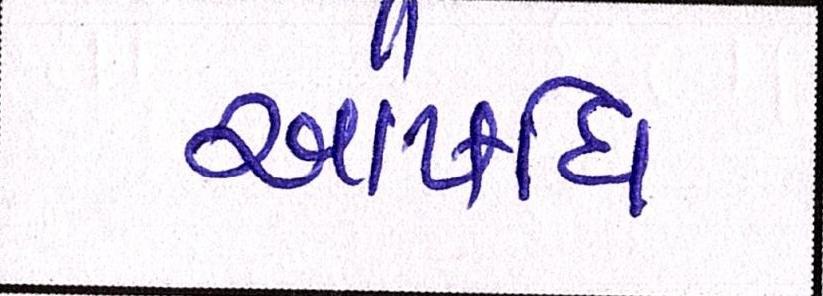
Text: ઔષધિ